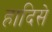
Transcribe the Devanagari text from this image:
हादिसे